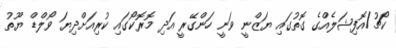
ކޯޗު/އޮފިޝަލެއްގެ ގޮތުގައި ޔަޒްނީ ވަނީ ހަންގޭރީ އަދި މޮރޮކޯގައި ކުރިއަށްދިޔަ ވޯލްޑް ޔޫތު